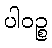
ပါဝဉ္စ